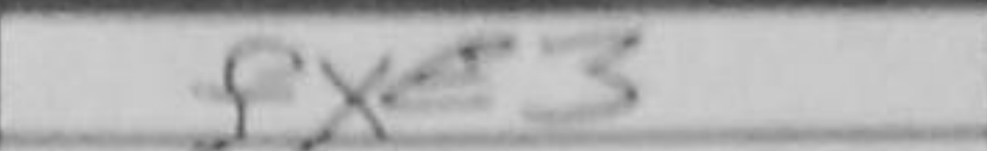
Transcription: fxe3